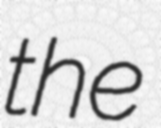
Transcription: the